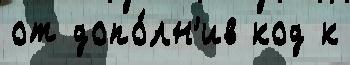
от допо́лн'ив код к